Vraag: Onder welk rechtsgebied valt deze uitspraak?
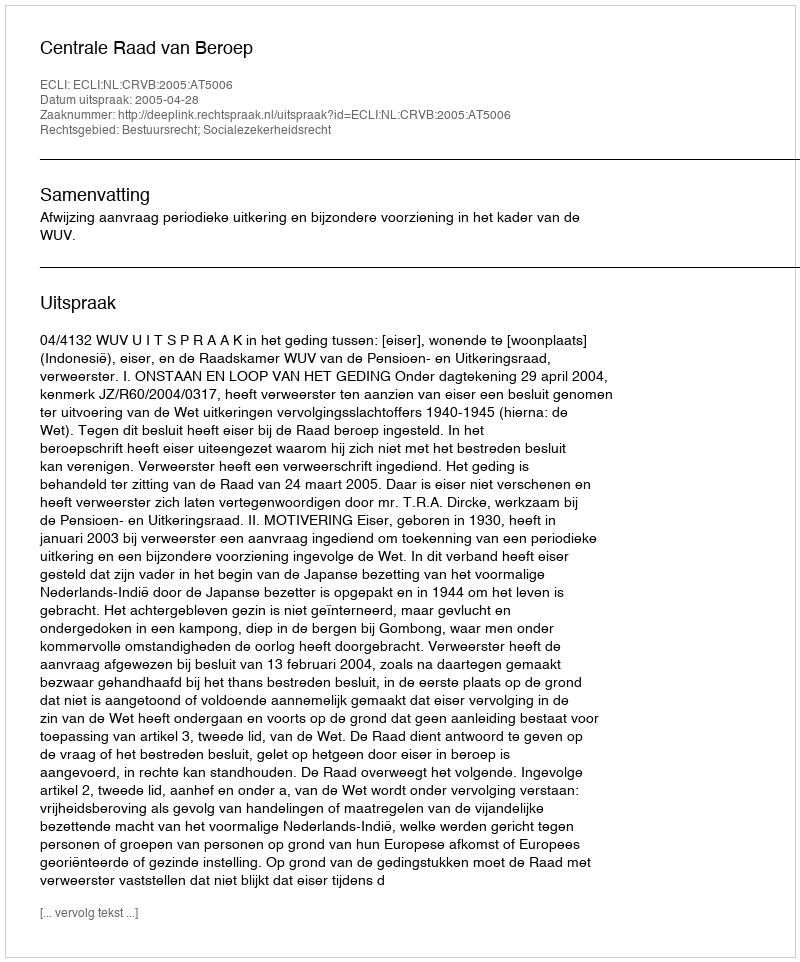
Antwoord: Bestuursrecht; Socialezekerheidsrecht